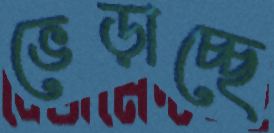
ভেড়াচ্ছে